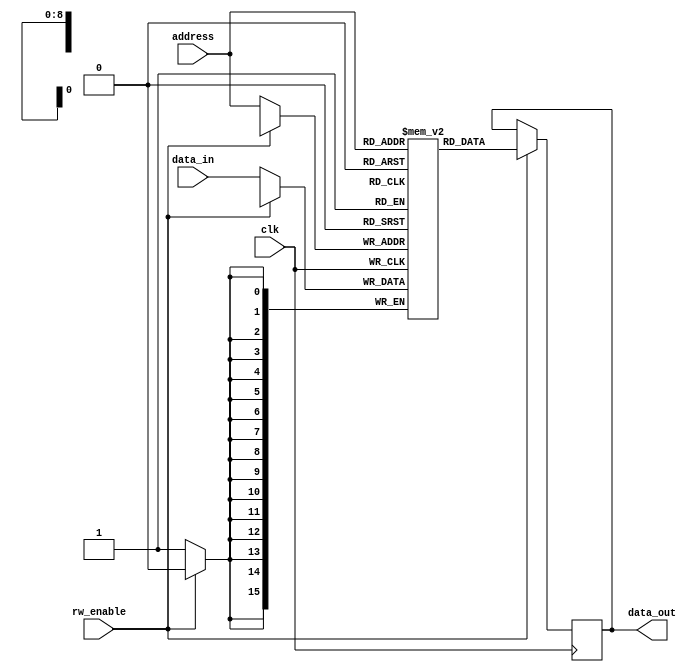
// This program was cloned from: https://github.com/DingWH03/verilog-demo
// License: GNU General Public License v3.0

module Memory (
    input wire clk,            // 
    input wire rw_enable,      // 
    input wire [8:0] address,  // 1K9
    input wire [15:0] data_in, // 
    output reg [15:0] data_out // 
);

// 1K16
reg [15:0] memory [0:511];

// 
always @(posedge clk)
begin
    if (rw_enable) begin  // 
        data_out <= memory[address];
    end
    else begin  // 
        memory[address] <= data_in;
    end
end

endmodule